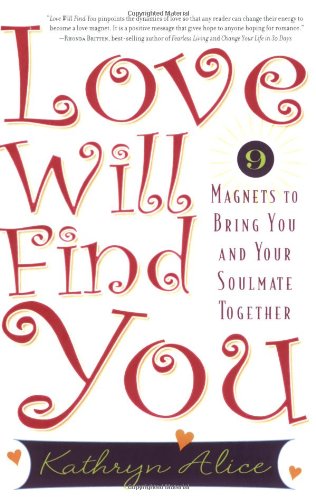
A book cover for Love Will Find You: 9 Magnets to Bring You and Your Soulmate Together; Kathryn Alice; Self-Help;